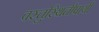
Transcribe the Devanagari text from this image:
वस्तुस्थितीपायी